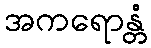
အကရောန္တံ